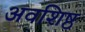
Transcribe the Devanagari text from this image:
अवशिष्ठ